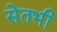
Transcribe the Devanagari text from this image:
सेतभी